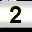
Digit: 2